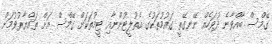
ގޭމްސް ބާއްވާނެ ދުވަހެއް ނޭނގޭތީ ގައުމުތަކުގެ އެތުލީޓުންނާއި ޓީމުތަކަށް ގޭމްސް އަށް ތައްޔާރުވުމަށް